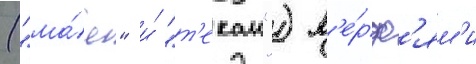
("ма́я" и́ "т'екаи") в'е́рф'ям'и